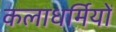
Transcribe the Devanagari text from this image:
कलाधर्मियों